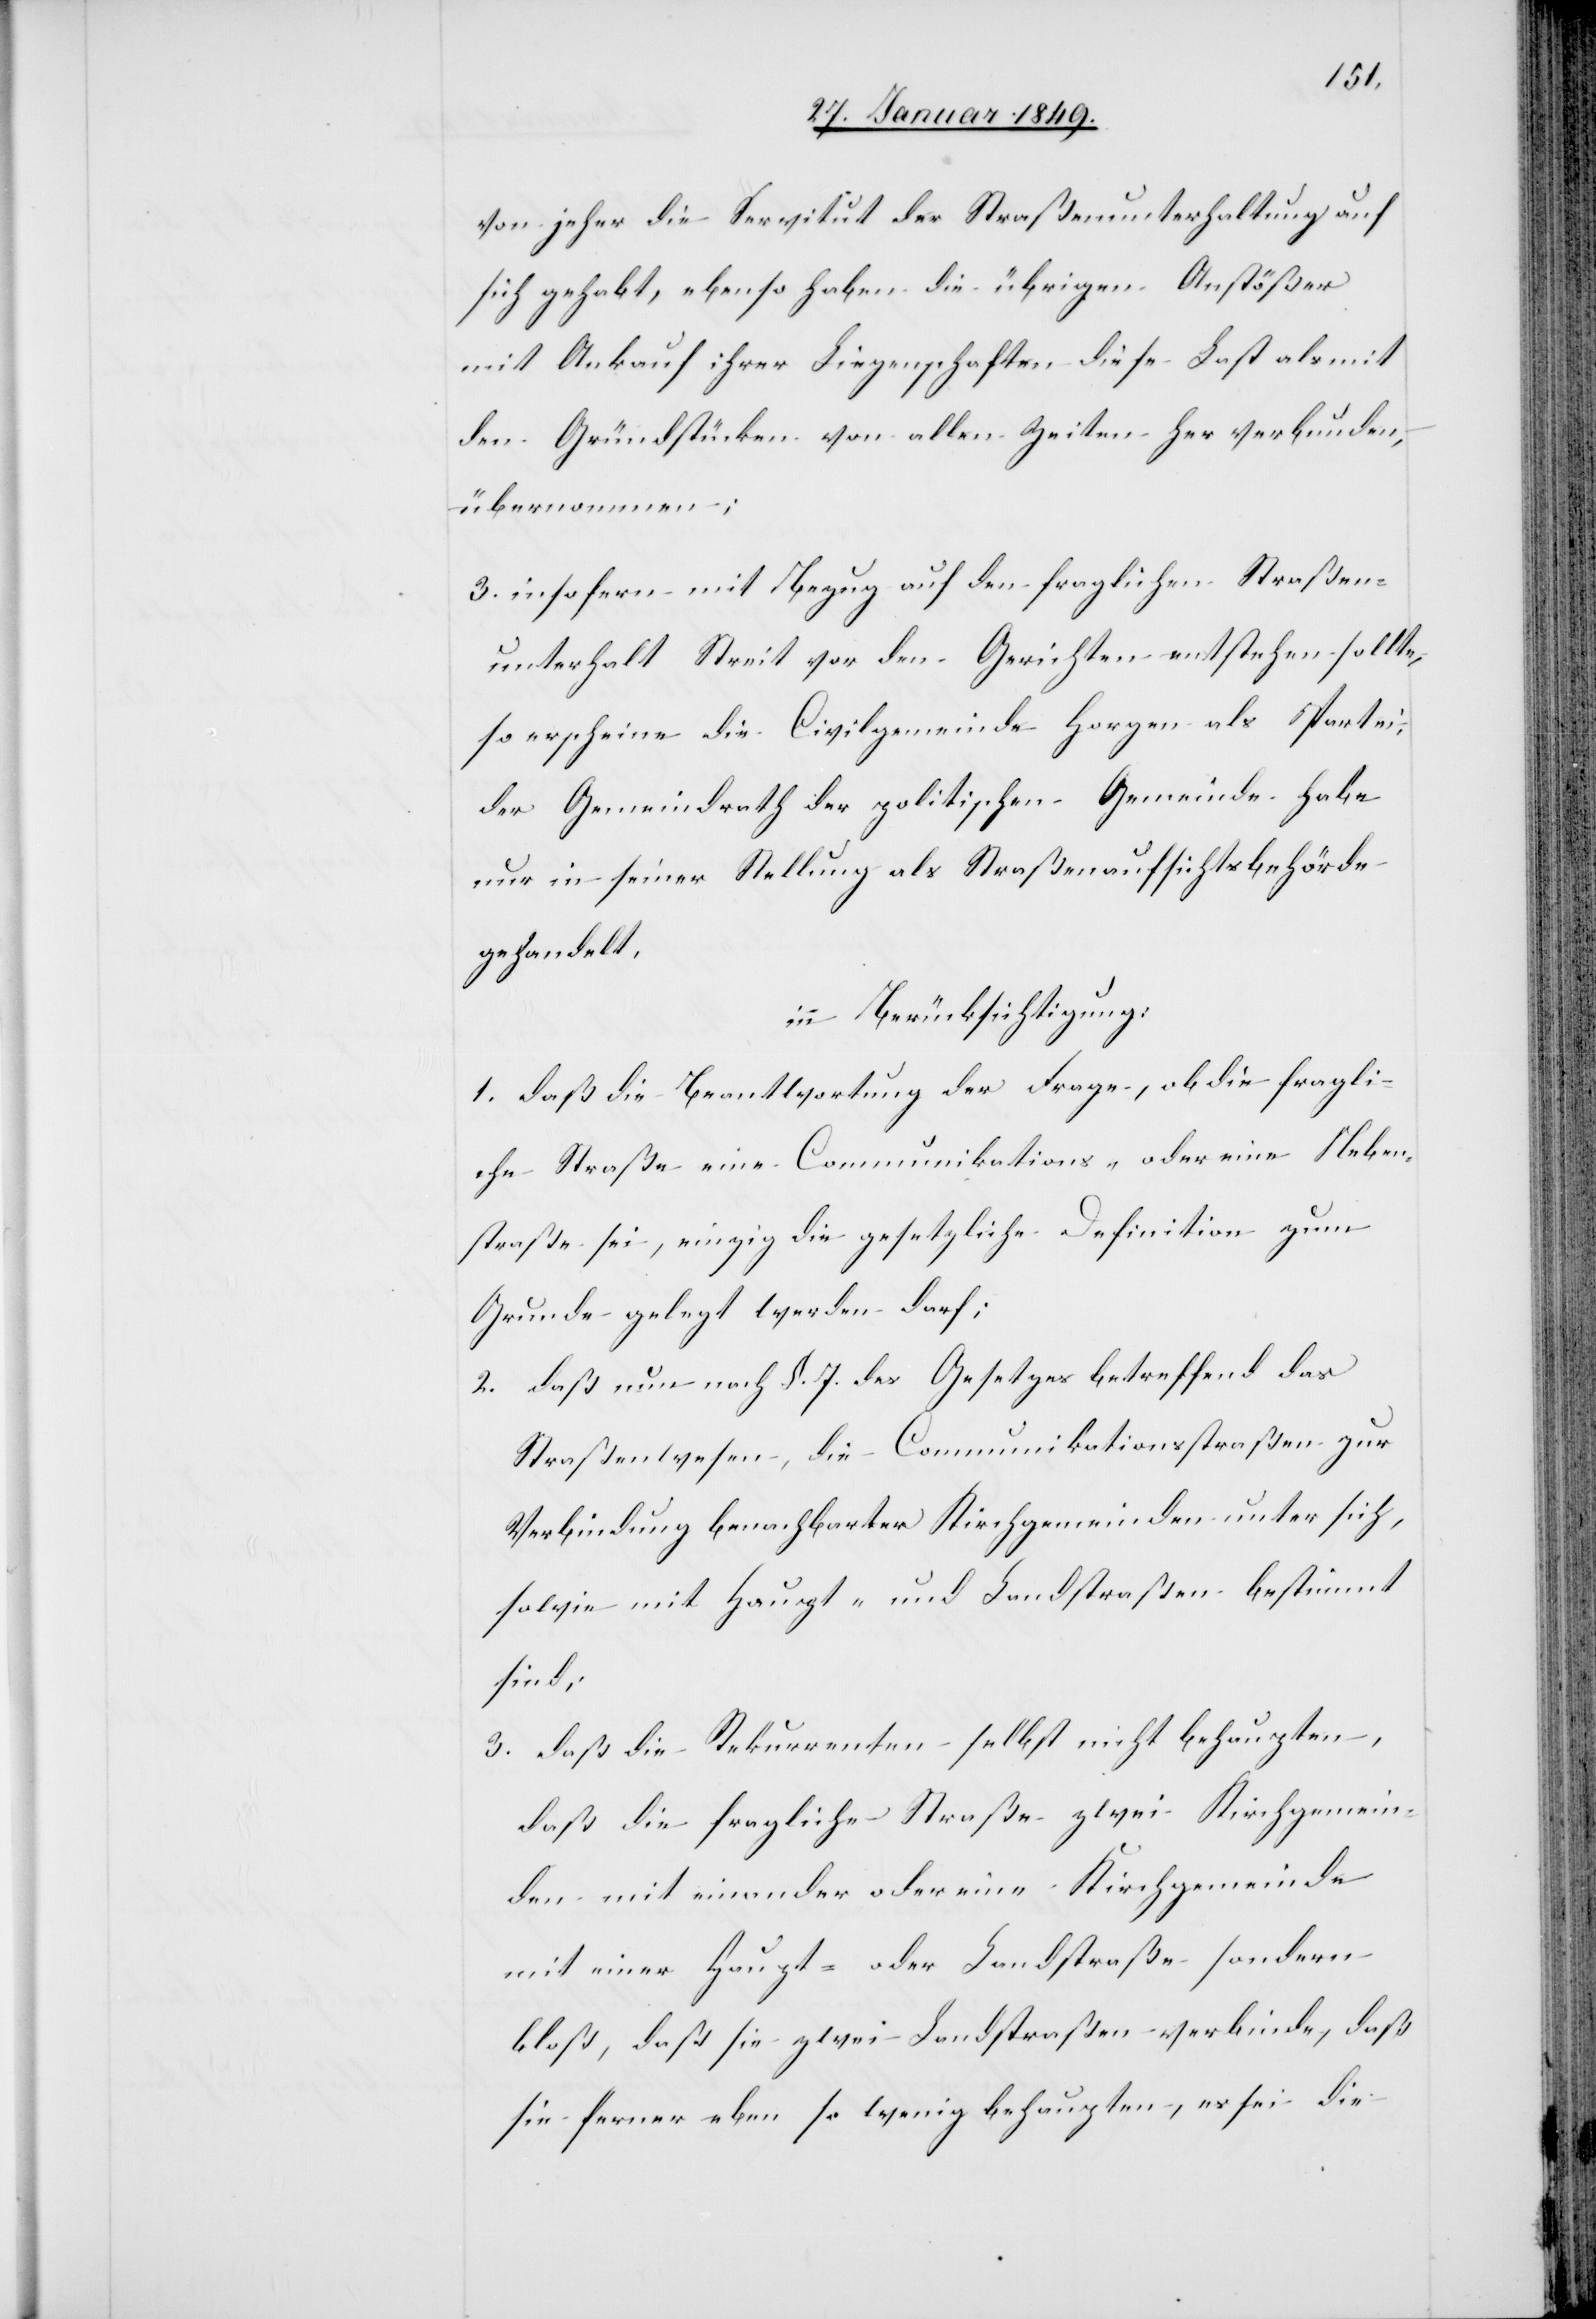
von jeher die Servitut der Straßenunterhaltung auf
sich gehabt, ebenso haben die übrigen Anstößer
mit Ankauf ihrer Liegenschaften diese Last als mit
den Gründstücken von allen Zeiten her verbunden,
übernommen;
3. insofern mit Bezug auf den fraglichen Straßen¬
unterhalt Streit vor den Gerichten enstehen sollte,
so erscheine die Civilgemeinde Horgen als Partei,
der Gemeindrath der politischen Gemeinde habe
nur in seiner Stellung als Straßenaufsichtsbehörde
gehandelt.
in Berücksichtigung:
1. daß die Beantwortung der Frage, ob die fragli¬
che Straße eine Communikations- oder eine Neben¬
straße sei, einzig die gesetzliche Definition zum
Grunde gelegt werden darf;
2. daß nun nach §. 7. des Gesetzes betreffend das
Straßenwesen, die Communikationsstraßen zur
Verbindung benachbarter Kirchgemeinden unter sich,
sowie mit Haupt- und Landstraßen bestimmt
sind;
3. daß die Rekurrenten selbst nicht behaupten,
daß die fragliche Straße zwei Kirchgemein¬
den mit einander oder eine Kirchgemeinde
mit einer Haupt- oder Landstraße sondern
bloß, daß sie zwei Landstraßen verbinde, daß
sie ferner eben so wenig behaupten, es sei die